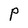
Character: P